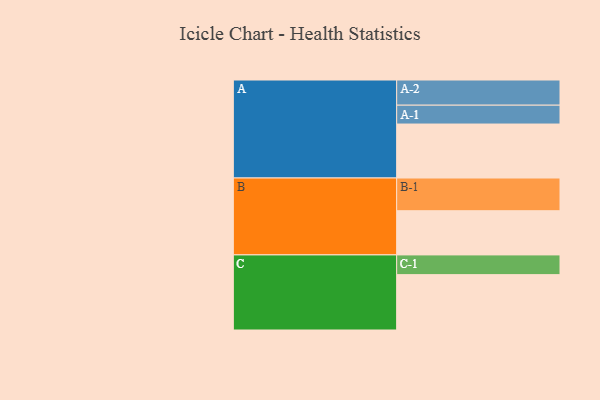
{"axis": {"x": "Segment", "y": "Value"}, "legend": ["", "A", "B", "C"], "data": [{"x": "A", "y": 386, "type": ""}, {"x": "B", "y": 316, "type": ""}, {"x": "C", "y": 396, "type": ""}, {"x": "A-1", "y": 135, "type": "A"}, {"x": "A-2", "y": 180, "type": "A"}, {"x": "B-1", "y": 234, "type": "B"}, {"x": "C-1", "y": 141, "type": "C"}]}